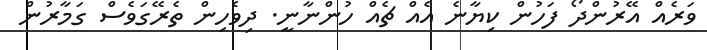
ވަރެއް އޭރުންދޯ ފަހުން ކިޔާނެ އެއް ޗެއް ހުންނާނީ. ދިވެހިން ތެރޭގަވެސް ގަމާރުން